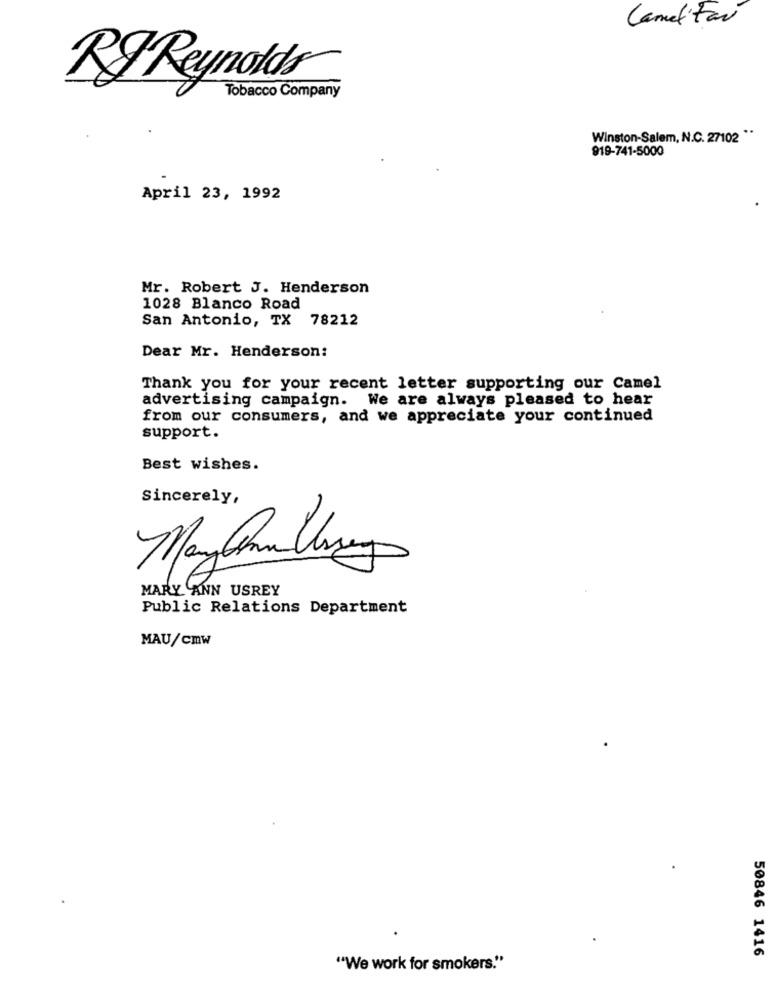
Camelitar
RJ Reynolds
Tobacco Company
Winston-Salem, N.C. 27102 **
919-741-5000
April 23, 1992
Mr. Robert J. Henderson
1028 Blanco Road
San Antonio, TX 78212
Dear Mr. Henderson:
Thank you for your recent letter supporting our Camel
advertising campaign. We are always pleased to hear
from our consumers, and we appreciate your continued
support.
Best wishes.
Sincerely,
MARY ANN USREY
Public Relations Department
MAU/cmw
50846 1416
"We work for smokers."